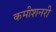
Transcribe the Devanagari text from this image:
कमीशनरी